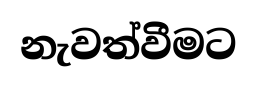
නැවත්වීමට